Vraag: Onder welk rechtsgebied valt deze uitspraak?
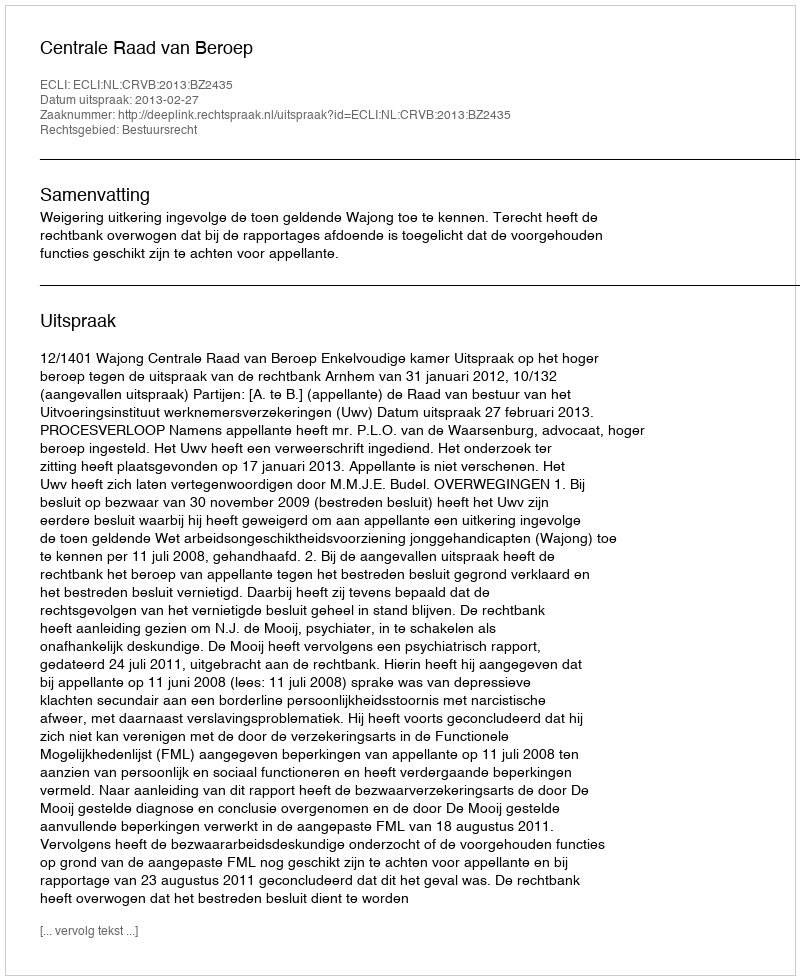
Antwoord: Bestuursrecht